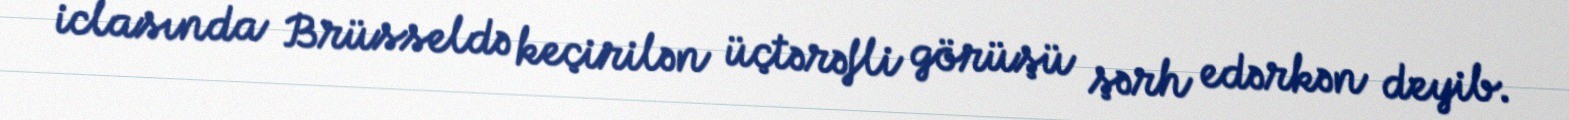
iclasında Brüsseldə keçirilən üçtərəfli görüşü şərh edərkən deyib.